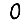
Digit: 0